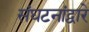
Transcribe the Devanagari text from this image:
संघटनांद्वारे